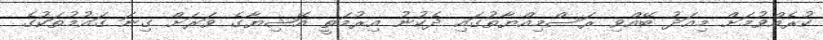
ކުރެއްވުމަށް މިއަދު ބޭއްވި ރަސްމިއްޔާތުގައި ދެކުނު އިރުމަތީ އޭޝިޔާގެ ވަރަށް ގިނަ ގައުމުތަކުގެ